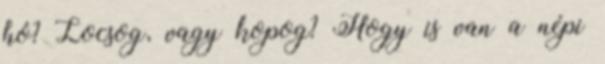
hó? Locsog, vagy kopog? Hogy is van a népi